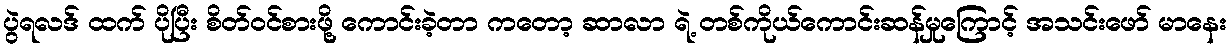
ပွဲရလဒ် ထက် ပိုပြီး စိတ်ဝင်စားဖို့ ကောင်းခဲ့တာ ကတော့ ဆာလာ ရဲ့ တစ်ကိုယ်ကောင်းဆန်မှုကြောင့် အသင်းဖော် မာနေး